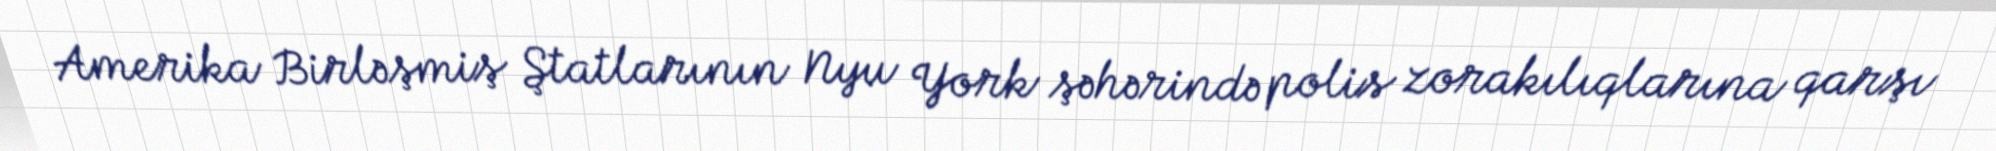
Amerika Birləşmiş Ştatlarının Nyu York şəhərində polis zorakılıqlarına qarşı